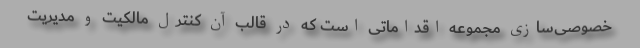
خصوصی‌سازی مجموعه اقداماتی است که در قالب آن کنترل مالکیت و مدیریت